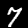
Label: 7